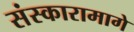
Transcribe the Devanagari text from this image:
संस्कारामागे